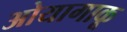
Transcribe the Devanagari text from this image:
ओयागाकू